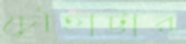
চৌহাট্টার